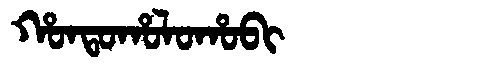
Manchu: ᡥᠣᠨᡨᠣᡥᠣᠯᠣᡥᠣᠪᡳ
Romanization: HONTOHOLOHOBI